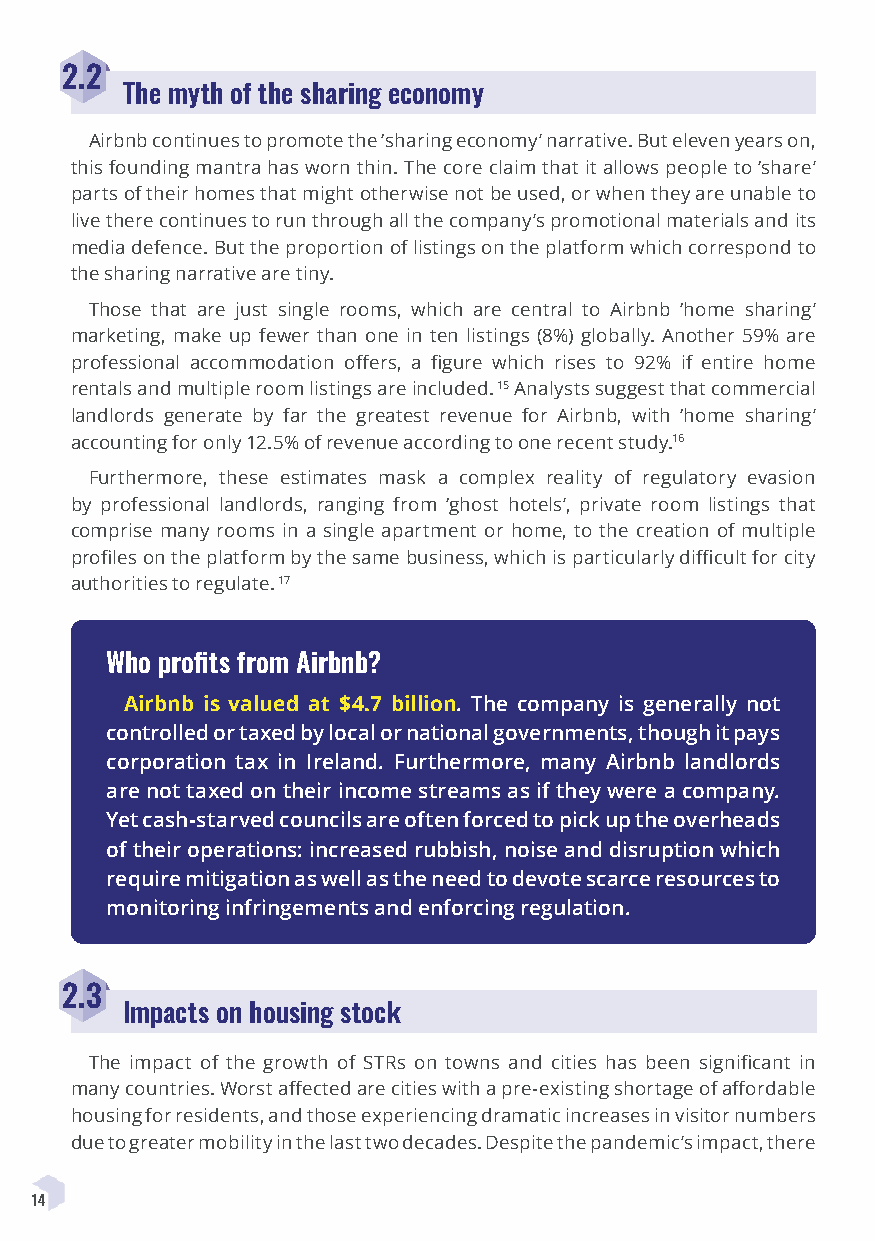
2.2
 The myth of the sharing economy
 Airbnb continues to promote the ‘sharing economy’ narrative. But eleven years on,
 this founding mantra has worn thin. The core claim that it allows people to ‘share’
 parts of their homes that might otherwise not be used, or when they are unable to
 live there continues to run through all the company’s promotional materials and its
 media defence. But the proportion of listings on the platform which correspond to
 the sharing narrative are tiny.
 Those that are just single rooms, which are central to Airbnb ‘home sharing’
 marketing, make up fewer than one in ten listings (8%) globally. Another 59% are
 professional accommodation offers, a figure which rises to 92% if entire home
 rentals and multiple room listings are included. 15 Analysts suggest that commercial
 landlords generate by far the greatest revenue for Airbnb, with ‘home sharing’
 accounting for only 12.5% of revenue according to one recent study.16
 Furthermore, these estimates mask a complex reality of regulatory evasion
 by professional landlords, ranging from ‘ghost hotels’, private room listings that
 comprise many rooms in a single apartment or home, to the creation of multiple
 profiles on the platform by the same business, which is particularly difficult for city
 authorities to regulate. 17
 Who profits from Airbnb?
 Airbnb is valued at $4.7 billion. The company is generally not
 controlled or taxed by local or national governments, though it pays
 corporation tax in Ireland. Furthermore, many Airbnb landlords
 are not taxed on their income streams as if they were a company.
 Yet cash-starved councils are often forced to pick up the overheads
 of their operations: increased rubbish, noise and disruption which
 require mitigation as well as the need to devote scarce resources to
 monitoring infringements and enforcing regulation.
 2.3
 Impacts on housing stock
 The impact of the growth of STRs on towns and cities has been significant in
 many countries. Worst affected are cities with a pre-existing shortage of affordable
 housing for residents, and those experiencing dramatic increases in visitor numbers
 due to greater mobility in the last two decades. Despite the pandemic’s impact, there
 14